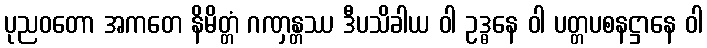
ပုညဝတော အကတေ နိမိတ္တံ ဂဏှန္တဿ ဒီပသိခါယ ဝါ ဥဒ္ဓနေ ဝါ ပတ္တပစနဋ္ဌာနေ ဝါ